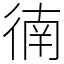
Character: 㣮